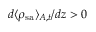
d \langle \rho _ { \mathrm { s a } } \rangle _ { A , t } / d z > 0